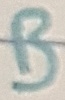
Text: B